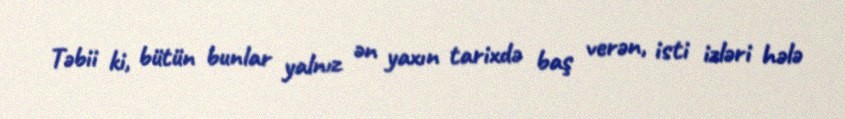
Təbii ki, bütün bunlar yalnız ən yaxın tarixdə baş verən, isti izləri hələ